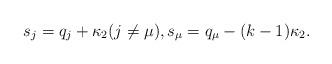
LaTeX: \begin{align*} s_j = q_j + \kappa_2 (j \neq \mu), s_\mu = q_\mu - (k-1) \kappa_2 .\end{align*}